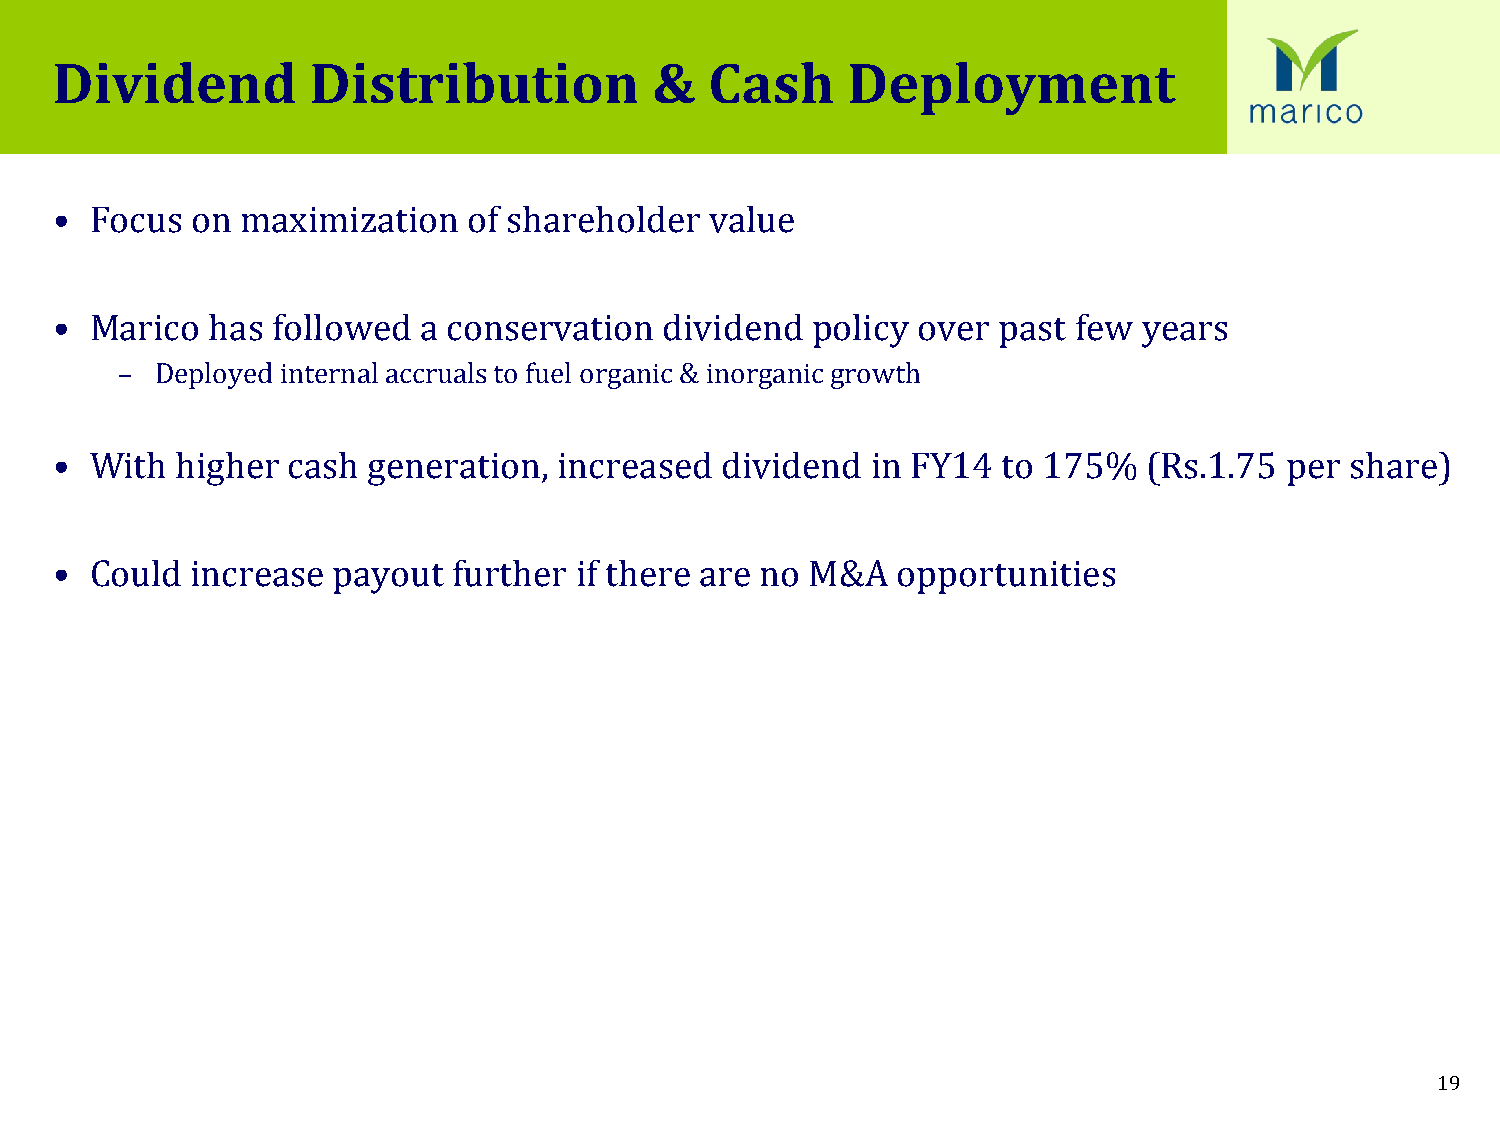
Dividend          Distribution          &   Cash     Deployment
 •  Focus  on maximization   of shareholder  value
 •  Marico  has followed  a conservation  dividend  policy over past few  years
 – Deployed internal accruals to fuel organic & inorganic growth
 •  With  higher cash generation,  increased  dividend  in FY14 to 175%   (Rs.1.75 per share)
 •  Could  increase payout  further if there are no M&A  opportunities
 19